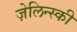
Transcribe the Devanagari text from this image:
ज़ेलिन्स्की